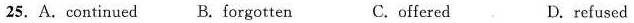
25. A.continued B. forgotten C.offered D. refused